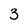
Character: 3